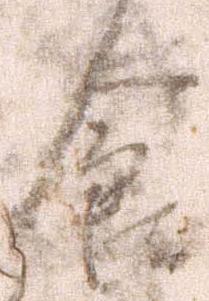
食